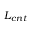
L _ { c n t }